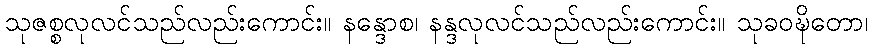
သုဇစ္စလုလင်သည်လည်းကောင်း။ နန္ဒောစ၊ နန္ဒလုလင်သည်လည်းကောင်း။ သုခဝဍ္ဎိတော၊